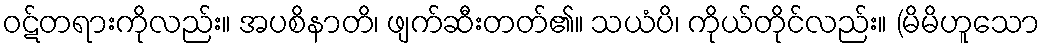
ဝဋ်တရားကိုလည်း။ အပစိနာတိ၊ ဖျက်ဆီးတတ်၏။ သယံပိ၊ ကိုယ်တိုင်လည်း။ (မိမိဟူသော